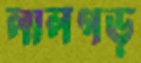
লালগড়